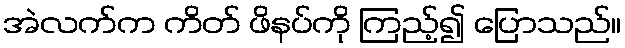
အဲလက်က ကိတ် ဖိနပ်ကို ကြည့်၍ ပြောသည်။